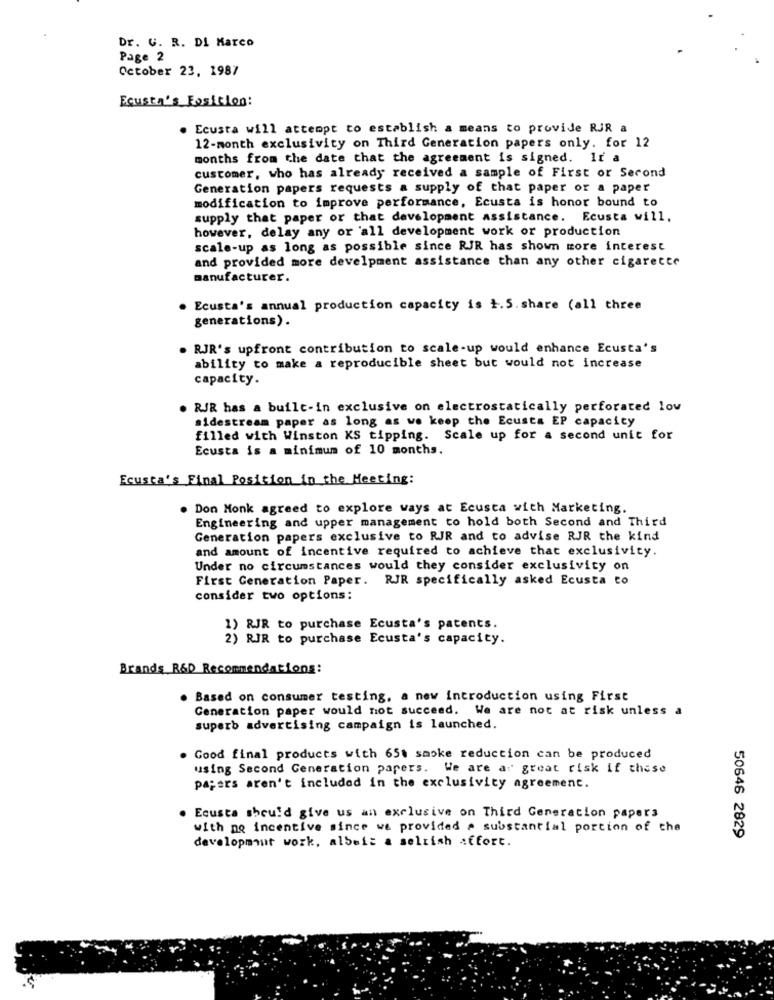
Dr. G. R. Di Marco
Page 2
October 23, 1987
Ecusta's Position:
. Ecusta will attempt to establish a means to provide RJR a
12-month exclusivity on Third Generation papers only. for 12
months from the date that the agreement is signed. It a
customer, who has already received a sample of First or Second
Generation papers requests a supply of that paper or a paper
modification to improve performance, Ecusta is honor bound to
supply that paper or that development assistance. Ecusta will,
however, delay any or all development work or production
scale-up as long as possible since RJR has shown more interest
and provided more develpment assistance than any other cigarette
manufacturer.
Ecusta's annual production capacity is 1.5.share (all three
generations).
. RJR's upfront contribution to scale-up would enhance Ecusta's
ability to make a reproducible sheet but would not increase
capacity.
RJR has a built-in exclusive on electrostatically perforated lov
sidestream paper as long as we keep the Ecusta EP capacity
filled with Winston KS tipping. Scale up for a second unit for
Ecusta is a minimum of 10 months.
Ecusta's Final Position in the Meeting:
. Don Monk agreed to explore ways at Ecusta with Marketing.
Engineering and upper management to hold both Second and Third
Generation papers exclusive to RJR and to advise RJR the kind
and amount of incentive required to achieve that exclusivity.
Under no circumstances would they consider exclusivity on
First Generation Paper. RJR specifically asked Ecusta to
consider two options:
1) RJR to purchase Ecusta's patents.
2) RJR to purchase Ecusta's capacity.
Brands R&D Recommendations:
Based on consumer testing, a new introduction using First
Generation paper would not succeed. We are not at risk unless a
superb advertising campaign is launched.
Good final products with 65% smoke reduction can be produced
using Second Generation papers. We are ar great risk if these
papers aren't included in the exclusivity agreement.
Ecusta should give us an exclusive on Third Generation papers
with no incentive since we provided a substantial portion of the
developmaut work, albeit a selrish affort.
50646 2829